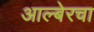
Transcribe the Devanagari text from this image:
आल्बेरचा